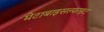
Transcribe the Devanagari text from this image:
मेटाबाइसल्फाइट